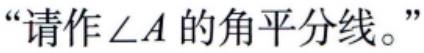
“请作\(\angle A\)的角平分线。”